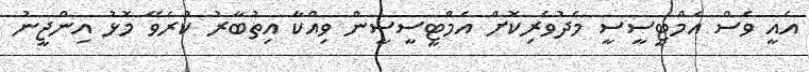
އެއީ ވެސް އެމްޓީސީސީ މެދުވެރިކޮށް އެމްޓީސީސީން ވިއްކާ އިތުބާރު ކުރެވޭ މޮޅު އިންޖީނު